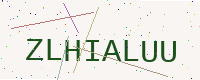
Text: ZLHIALUU